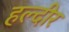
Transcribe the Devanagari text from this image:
हल्दीर